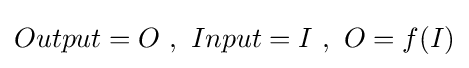
Output=O\ ,\ Input=I\ ,\ O=f(I)